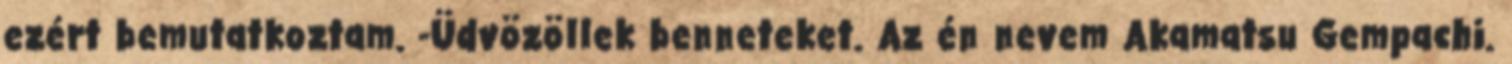
ezért bemutatkoztam. -Üdvözöllek benneteket. Az én nevem Akamatsu Gempachi.